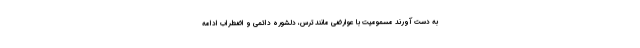
به دست آورند مسمومیت با عوارضی مانند ترس، دلشوره دائمی و اضطراب ادامه